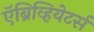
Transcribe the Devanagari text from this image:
ऍब्रिव्हियेटर्स